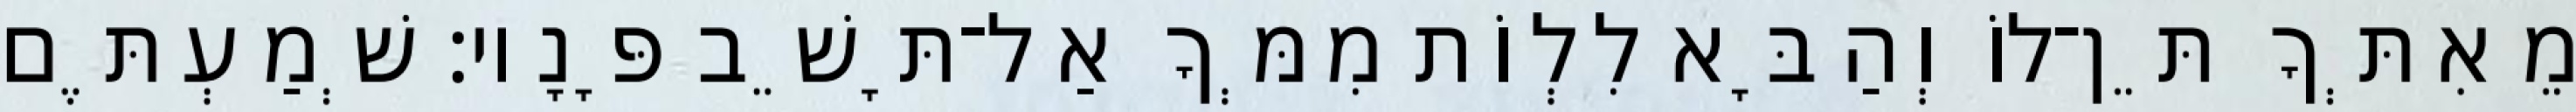
מֵאִתְּךָ תֵּן־לוֹ וְהַבָּא לִלְוֹת מִמְּךָ אַל־תָּשֵׁב פָּנָיו׃ שְׁמַעְתֶּם